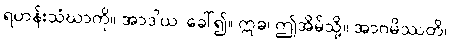
ရဟန်းသံဃာကို။ အာဒါယ၊ ခေါ်၍။ ဣဓ၊ ဤအိမ်သို့။ အာဂမိဿတိ၊